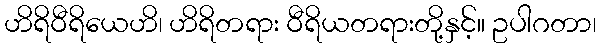
ဟိရိဝီရိယေဟိ၊ ဟိရိတရား ဝီရိယတရားတို့နှင့်။ ဥပါဂတာ၊